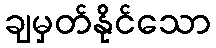
ချမှတ်နိုင်သော